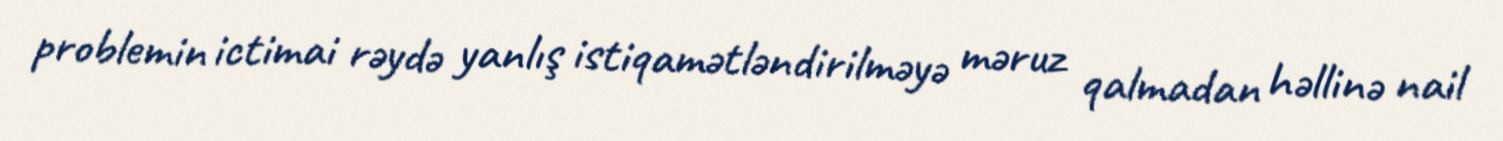
problemin ictimai rəydə yanlış istiqamətləndirilməyə məruz qalmadan həllinə nail